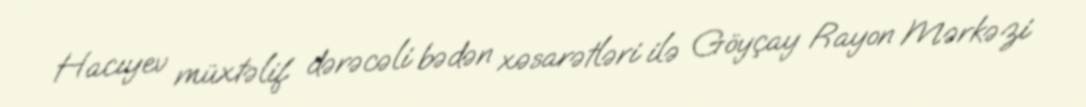
Hacıyev müxtəlif dərəcəli bədən xəsarətləri ilə Göyçay Rayon Mərkəzi